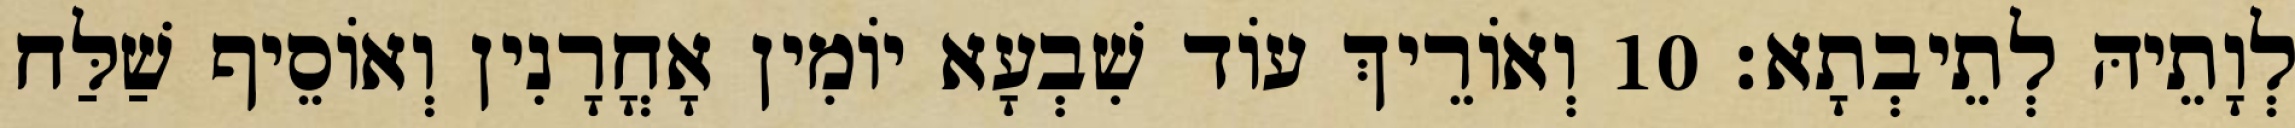
לְוָתֵיהּ לְתֵיבְתָא׃ 10 וְאוֹרֵיךְ עוֹד שִׁבְעָא יוֹמִין אָחֳרָנִין וְאוֹסֵיף שַׁלַּח